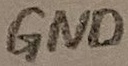
Text: GND